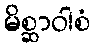
မိစ္ဆာဝါစံ